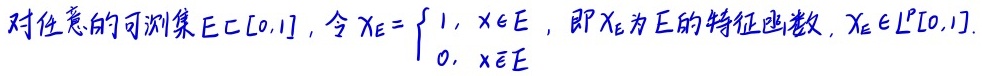
对任意的可测集$E\subset [0,1]$，令$\chi_E = \begin{cases} 1, & x\in E \\ 0, & x\notin E \end{cases}$，即$\chi_E$为$E$的特征函数，$\chi_E\in L^p[0,1]$.